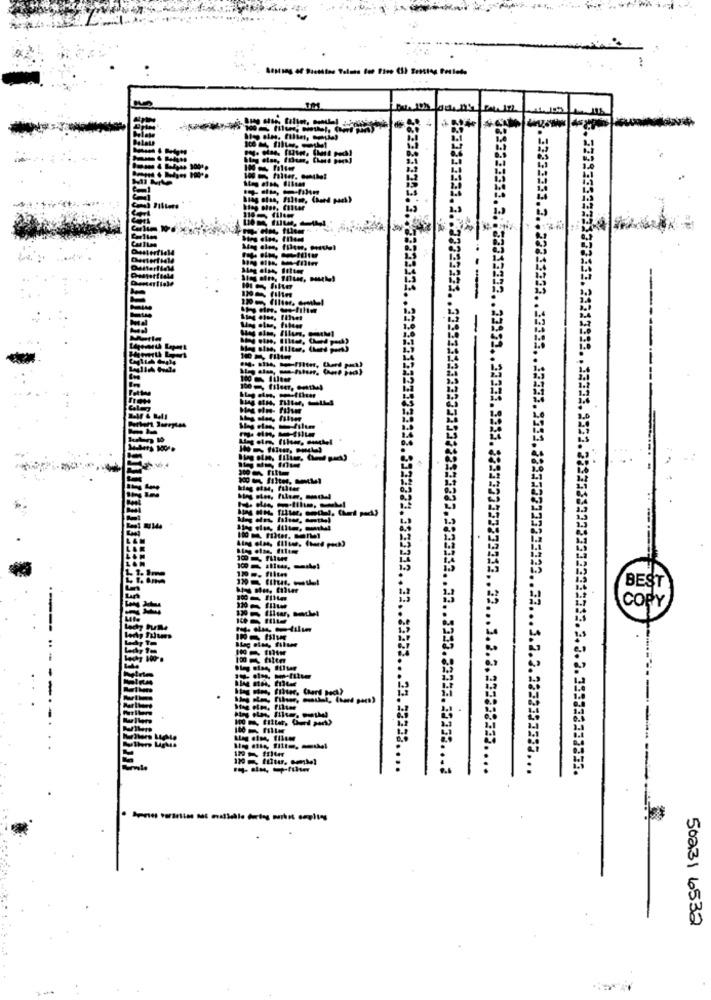
31.2.
33 ..
33.
3221 .. 37331.3
1.22
199 Flum
BEST
COPY
Falumes
... 1.3.3.
179 friter
.. 23253 ... 22.33333 ....
...
..
32.
50231 6532